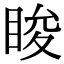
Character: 睃